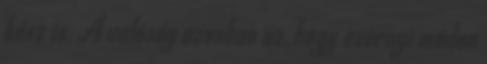
kész is. A valóság azonban az, hogy ezernyi módon